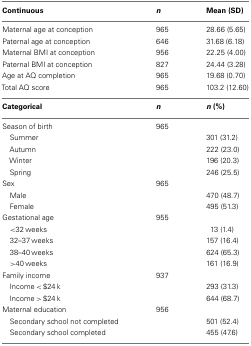
<table><thead><tr><td><b>Continuous</b></td><td><b><i>n</i></b></td><td><b>Mean (SD)</b></td></tr></thead><tbody><tr><td>Maternal age at conception</td><td>965</td><td>28.66 (5.65)</td></tr><tr><td>Paternal age at conception</td><td>646</td><td>31.68 (6.18)</td></tr><tr><td>Maternal BMI at conception</td><td>956</td><td>22.25 (4.00)</td></tr><tr><td>Paternal BMI at conception</td><td>827</td><td>24.44 (3.28)</td></tr><tr><td>Age at AQ completion</td><td>965</td><td>19.68 (0.70)</td></tr><tr><td>Total AQ score</td><td>965</td><td>103.2 (12.60)</td></tr><tr><td><b>Categorical</b></td><td><b><i>n</i></b></td><td><b><i>n</i> (%)</b></td></tr><tr><td>Season of birth</td><td>965</td><td></td></tr><tr><td> Summer</td><td></td><td>301 (31.2)</td></tr><tr><td> Autumn</td><td></td><td>222 (23.0)</td></tr><tr><td> Winter</td><td></td><td>196 (20.3)</td></tr><tr><td> Spring</td><td></td><td>246 (25.5)</td></tr><tr><td>Sex</td><td>965</td><td></td></tr><tr><td> Male</td><td></td><td>470 (48.7)</td></tr><tr><td> Female</td><td></td><td>495 (51.3)</td></tr><tr><td>Gestational age</td><td>955</td><td></td></tr><tr><td>&lt;32 weeks</td><td></td><td>13 (1.4)</td></tr><tr><td> 32–37 weeks</td><td></td><td>157 (16.4)</td></tr><tr><td> 38–40 weeks</td><td></td><td>624 (65.3)</td></tr><tr><td>&gt;40 weeks</td><td></td><td>161 (16.9)</td></tr><tr><td>Family income</td><td>937</td><td></td></tr><tr><td> Income &lt; $24 k</td><td></td><td>293 (31.3)</td></tr><tr><td> Income &gt; $24 k</td><td></td><td>644 (68.7)</td></tr><tr><td>Maternal education</td><td>956</td><td></td></tr><tr><td> Secondary school not completed</td><td></td><td>501 (52.4)</td></tr><tr><td> Secondary school completed</td><td></td><td>455 (47.6)</td></tr></tbody></table>